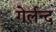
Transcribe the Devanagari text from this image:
गेर्लन्द